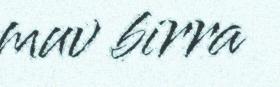
muv birra